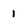
Character: 1